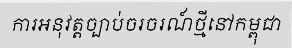
ការអនុវត្តច្បាប់ចរចរណ៍ថ្មីនៅកម្ពុជា